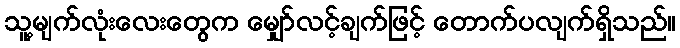
သူ့မျက်လုံးလေးတွေက မျှော်လင့်ချက်ဖြင့် တောက်ပလျက်ရှိသည်။